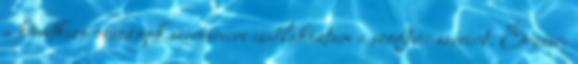
a következő országok szervereire csatlakoztam a szoftver szerint: Érzésre